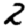
Digit: 2